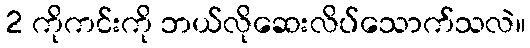
2 ကိုကင်းကို ဘယ်လိုဆေးလိပ်သောက်သလဲ။